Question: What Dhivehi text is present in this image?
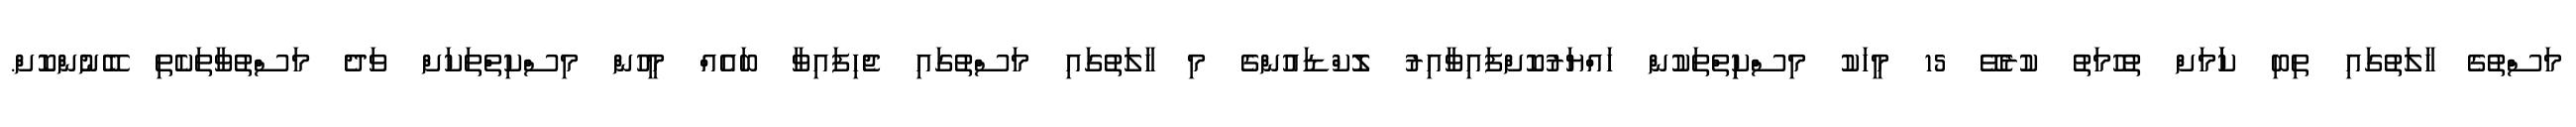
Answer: މަސްތުގެ ހާލަތުގައި ތިބި ކަަމަށް ތުހުމަތު ކުރެވޭ 15 މީހަކު މިސްކިިތްތަކުން ހައްޔަރުކޮށްފައިވާއިރު ލޮކްޑައުންގެ މި ހާލަތުގައި މަސްތުގައި ޖެހިފައިވާ ބައެއް މީހުން މިސްކިތްތަކަށް ވަދެ މަސްތުވާތަކެތި ބޭނުންކޮށް.